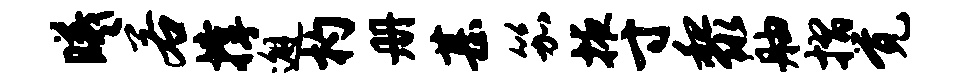
曦若撑邂杓册甚笳掖寸黎舳摺觉